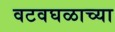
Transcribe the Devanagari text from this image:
वटवघळाच्या